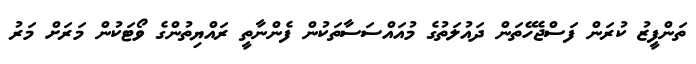
ތަންފީޒު ކުރަން ފަސްޖެހޭތަން ދައުލަތުގެ މުއައްސަސާތަކުން ފެންނާތީ ރައްޔިތުންގެ ވޯޓަކުން މަރަށް މަރު